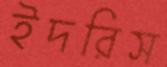
ইদরিস